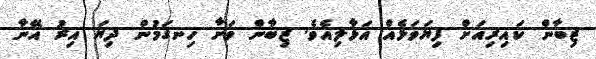
ޒިބާން ކައިރިއަށް ފިޔަވަޅެއް އަޅާލިއެވެ. ޒިބާން ވަށާ ހިނގަމުން ދިޔަ އިރު އޭނާ